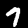
Label: 7